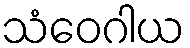
သံဝေဂါယ